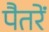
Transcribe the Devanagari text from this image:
पैतरें